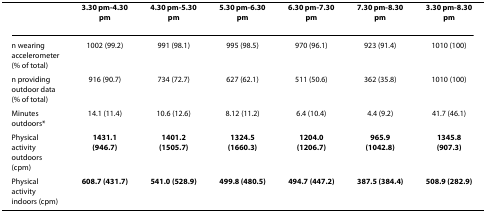
|  | 3.30 pm-4.30 pm | 4.30 pm-5.30 pm | 5.30 pm-6.30 pm | 6.30 pm-7.30 pm | 7.30 pm-8.30 pm | 3.30 pm-8.30 pm |
 | --- | --- | --- | --- | --- | --- | --- |
 | n wearing accelerometer (% of total) | 1002 (99.2) | 991 (98.1) | 995 (98.5) | 970 (96.1) | 923 (91.4) | 1010 (100) |
 | n providing outdoor data (% of total) | 916 (90.7) | 734 (72.7) | 627 (62.1) | 511 (50.6) | 362 (35.8) | 1010 (100) |
 | Minutes outdoors* | 14.1 (11.4) | 10.6 (12.6) | 8.12 (11.2) | 6.4 (10.4) | 4.4 (9.2) | 41.7 (46.1) |
 | Physical activity outdoors (cpm) | 1431.1 (946.7) | 1401.2 (1505.7) | 1324.5 (1660.3) | 1204.0 (1206.7) | 965.9 (1042.8) | 1345.8 (907.3) |
 | Physical activity indoors (cpm) | 608.7 (431.7) | 541.0 (528.9) | 499.8 (480.5) | 494.7 (447.2) | 387.5 (384.4) | 508.9 (282.9) |